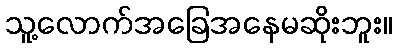
သူ့လောက်အခြေအနေမဆိုးဘူး။